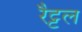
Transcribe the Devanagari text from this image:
रैट्टल